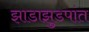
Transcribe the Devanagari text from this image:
झाडाझुडपांत